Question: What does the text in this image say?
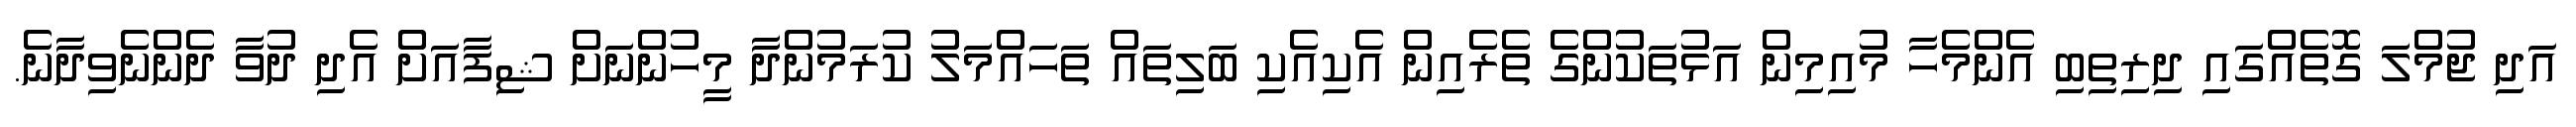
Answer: އަދި ޖުމްލަ ގޮތެއްގައި ދިރިތިބި އެންމެހާ މުއިމިން އަޅުތަކުންގެ ތެރެއިން އެކިއެކި ބަލިތައް ތަހައްމަލު ކުރަމުންދާ މީހުންނަށް ޝިފާއަށް އެދި ދުވާ ދެންނެވިދާނެ.